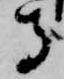
守